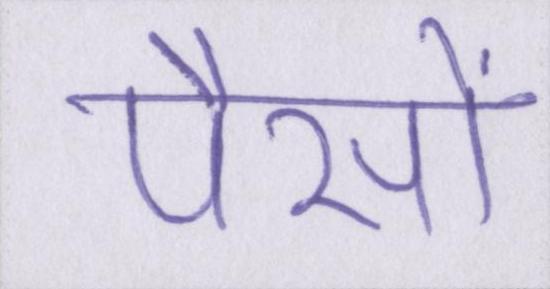
पैसों